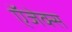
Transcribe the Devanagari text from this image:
ऍजेक्स